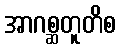
အာဂစ္ဆတူတိစ